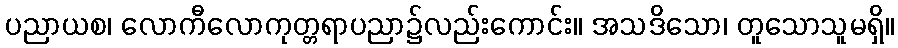
ပညာယစ၊ လောကီလောကုတ္တရာပညာ၌လည်းကောင်း။ အသဒိသော၊ တူသောသူမရှိ။